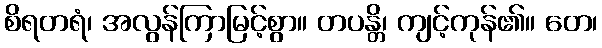
စိရတရံ၊ အလွန်ကြာမြင့်စွာ။ တပန္တိ၊ ကျင့်ကုန်၏။ တေ၊